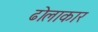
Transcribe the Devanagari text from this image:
ढोलाकार